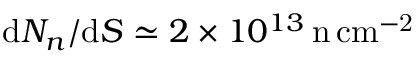
\textup d N _ { n } / \textup d S \simeq 2 \times 1 0 ^ { 1 3 } \, \mathrm { n \, c m ^ { - 2 } }